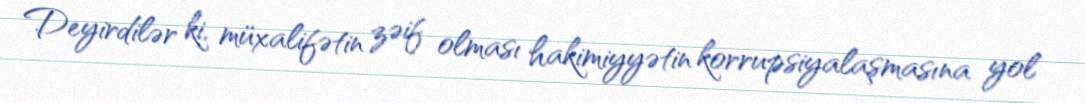
Deyirdilər ki, müxalifətin zəif olması hakimiyyətin korrupsiyalaşmasına yol